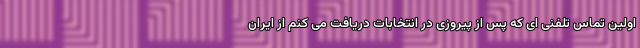
اولین تماس تلفنی ای که پس از پیروزی در انتخابات دریافت می کنم از ایران